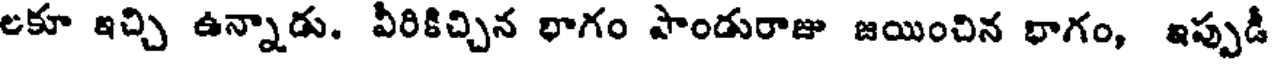
లకూ ఇచ్చి ఉన్నాడు. వీరికిచ్చిన భాగం పాండురాజు జయించిన భాగం, ఇప్పుడీ